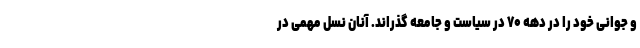
و جوانی خود را در دهه ۷۰ در سیاست و جامعه گذراند. آنان نسل مهمی در